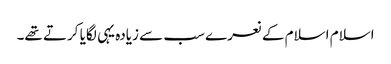
اسلام اسلام کے نعرے سب سے زیادہ یہی لگایا کرتے تھے۔